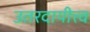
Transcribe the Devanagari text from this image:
उतरदायीत्त्व